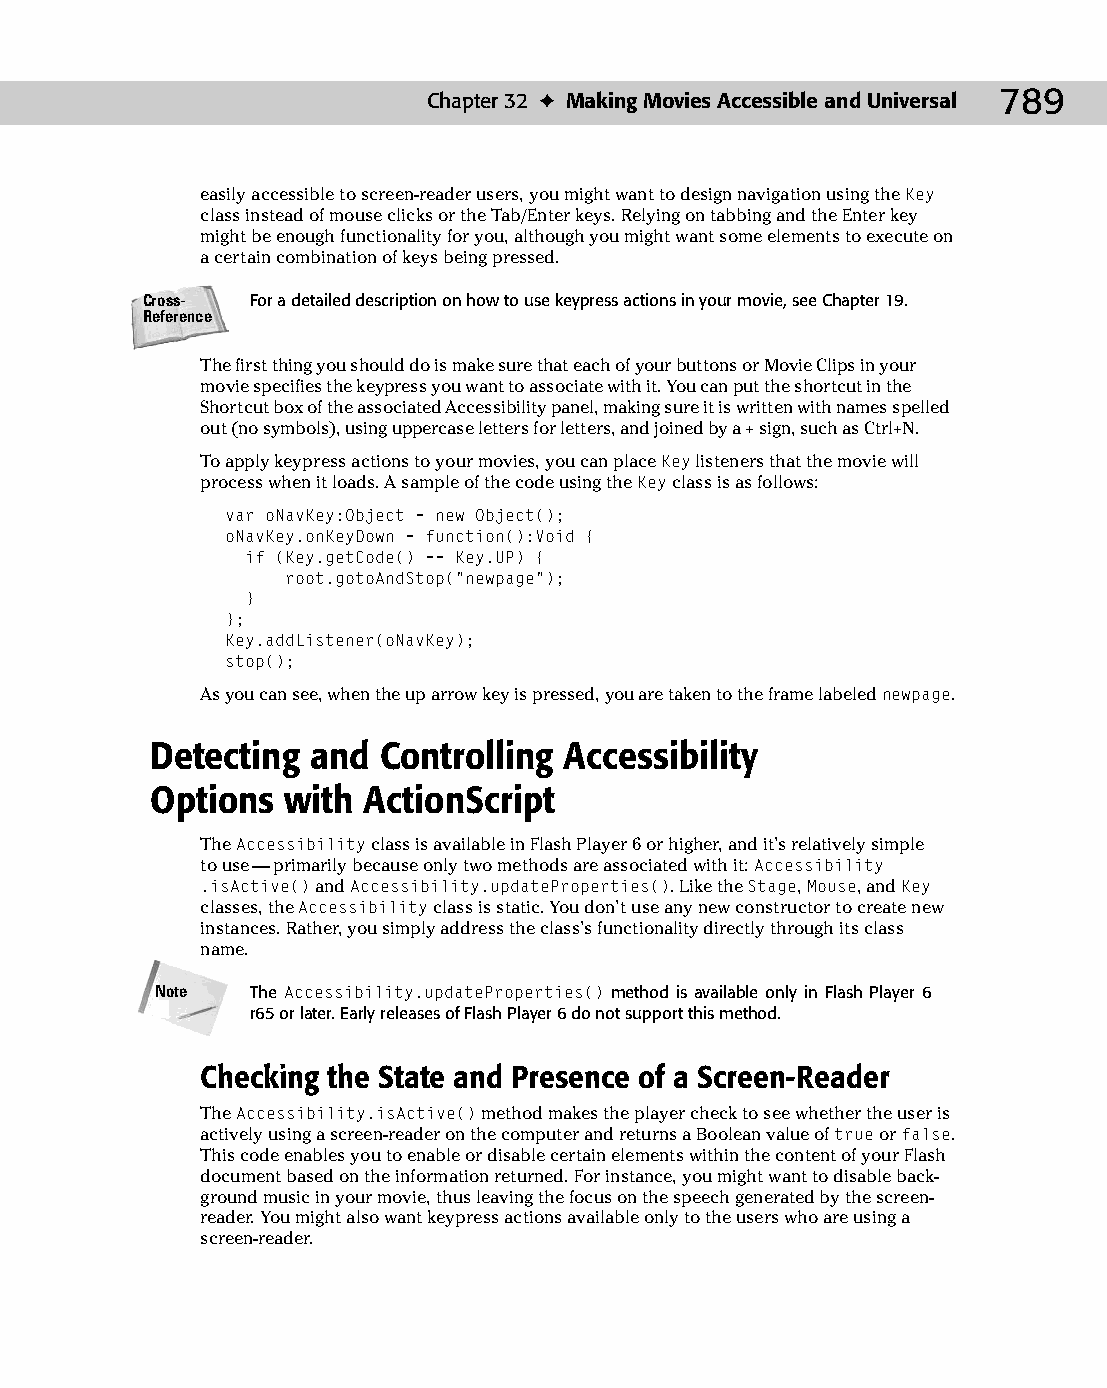
42 543547 ch32.qxd 3/24/04 4:16 PM Page 789
 Chapter 32 ✦ Making Movies Accessible and Universal 789
 easily accessible to screen-reader users, you might want to design navigation using the Key
 class instead of mouse clicks or the Tab/Enter keys. Relying on tabbing and the Enter key
 might be enough functionality for you, although you might want some elements to execute on
 a certain combination of keys being pressed.
 Cross-  For a detailed description on how to use keypress actions in your movie, see Chapter 19.
 Reference
 The first thing you should do is make sure that each of your buttons or Movie Clips in your
 movie specifies the keypress you want to associate with it. You can put the shortcut in the
 Shortcut box of the associated Accessibility panel, making sure it is written with names spelled
 out (no symbols), using uppercase letters for letters, and joined by a + sign, such as Ctrl+N.
 To apply keypress actions to your movies, you can place Key listeners that the movie will
 process when it loads. A sample of the code using the Key class is as follows:
 var oNavKey:Object = new Object();
 oNavKey.onKeyDown = function():Void {
 if (Key.getCode() == Key.UP) {
 root.gotoAndStop(“newpage”);
 }
 };
 Key.addListener(oNavKey);
 stop();
 As you can see, when the up arrow key is pressed, you are taken to the frame labeled newpage.
 Detecting  and Controlling Accessibility
 Options  with ActionScript
 The Accessibility class is available in Flash Player 6 or higher, and it’s relatively simple
 to use — primarily because only two methods are associated with it: Accessibility
 .isActive() and Accessibility.updateProperties(). Like the Stage, Mouse, and Key
 classes, the Accessibility class is static. You don’t use any new constructor to create new
 instances. Rather, you simply address the class’s functionality directly through its class
 name.
 Note   The Accessibility.updateProperties() method is available only in Flash Player 6
 r65 or later. Early releases of Flash Player 6 do not support this method.
 Checking the State and Presence of a Screen-Reader
 The Accessibility.isActive() method makes the player check to see whether the user is
 actively using a screen-reader on the computer and returns a Boolean value of true or false.
 This code enables you to enable or disable certain elements within the content of your Flash
 document based on the information returned. For instance, you might want to disable back­
 ground music in your movie, thus leaving the focus on the speech generated by the screen-
 reader. You might also want keypress actions available only to the users who are using a
 screen-reader.